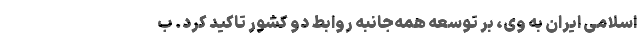
اسلامی ایران به وی، بر توسعه همه‌جانبه روابط دو کشور تاکید کرد. ب